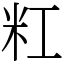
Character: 䉺